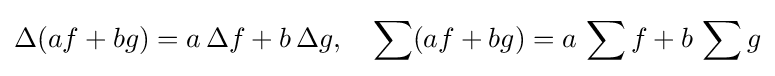
\Delta (af+bg)=a\,\Delta f+b\,\Delta g,\quad \sum (af+bg)=a\,\sum f+b\,\sum g